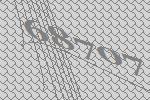
68707